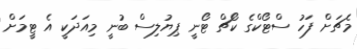
މެޗަށް ފަހު ސްޓޯކްގެ ކޯޗް ޓޯނީ ޕިޔުލިސް ބުނީ މިއަދަކީ އެ ޓީމަށް